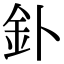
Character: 釙